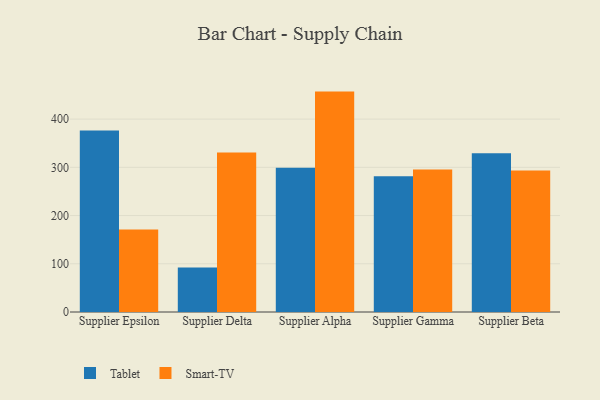
{"axis": {"x": "Supplier", "y": "Headcount"}, "legend": ["Smart-TV", "Tablet"], "data": [{"x": "Supplier Epsilon", "y": 376.1, "type": "Tablet"}, {"x": "Supplier Epsilon", "y": 171.1, "type": "Smart-TV"}, {"x": "Supplier Delta", "y": 92.1, "type": "Tablet"}, {"x": "Supplier Delta", "y": 330.6, "type": "Smart-TV"}, {"x": "Supplier Alpha", "y": 299.3, "type": "Tablet"}, {"x": "Supplier Alpha", "y": 457.0, "type": "Smart-TV"}, {"x": "Supplier Gamma", "y": 281.7, "type": "Tablet"}, {"x": "Supplier Gamma", "y": 295.4, "type": "Smart-TV"}, {"x": "Supplier Beta", "y": 329.1, "type": "Tablet"}, {"x": "Supplier Beta", "y": 293.4, "type": "Smart-TV"}]}